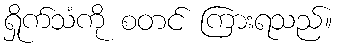
ရှိုက်သံကို စတင် ကြားရသည်။